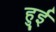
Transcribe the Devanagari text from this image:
हुुई